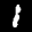
Label: 1